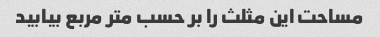
مساحت این مثلث را بر حسب متر مربع بیابید